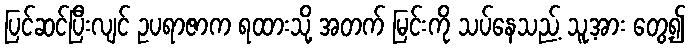
ပြင်ဆင်ပြီးလျင် ဥပရာဇာက ရထားသို့ အတက် မြင်းကို သပ်နေသည့် သူ့အား တွေ့၍